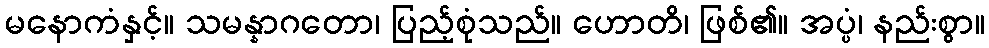
မနောကံနှင့်။ သမန္နာဂတော၊ ပြည့်စုံသည်။ ဟောတိ၊ ဖြစ်၏။ အပ္ပံ၊ နည်းစွာ။